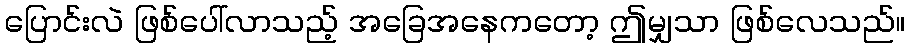
ပြောင်းလဲ ဖြစ်ပေါ်လာသည့် အခြေအနေကတော့ ဤမျှသာ ဖြစ်လေသည်။